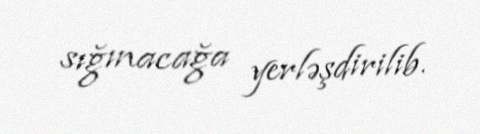
sığınacağa yerləşdirilib.